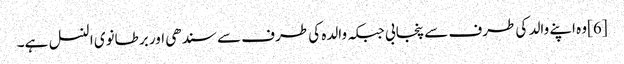
[6]وہ اپنے والد کی طرف سے پنجابی جبکہ والدہ کی طرف سے سندھی اور برطانوی النسل ہے۔